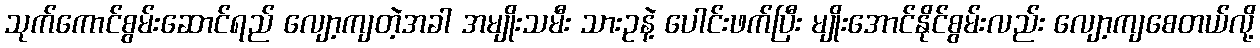
သုက်ကောင်စွမ်းဆောင်ရည် လျော့ကျတဲ့အခါ အမျိုးသမီး သားဥနဲ့ ပေါင်းဖက်ပြီး မျိုးအောင်နိုင်စွမ်းလည်း လျော့ကျစေတယ်လို့